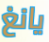
يانغ